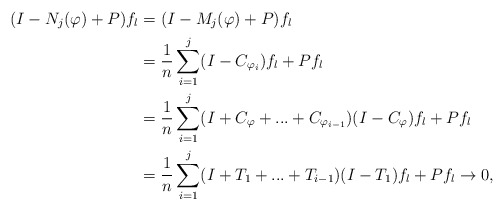
\begin{align*}(I-N_j(\varphi)+P) f_l&= (I-M_j(\varphi)+P) f_l\\&= \dfrac{1}{n} \sum_{i=1}^j (I-C_{\varphi_i})f_l+Pf_l\\&= \dfrac{1}{n} \sum_{i=1}^j (I+C_\varphi+...+C_{\varphi_{i-1}})(I-C_{\varphi})f_l+Pf_l\\&= \dfrac{1}{n} \sum_{i=1}^j (I+T_1+...+T_{i-1})(I-T_1)f_l+Pf_l\rightarrow 0,\\\end{align*}